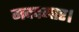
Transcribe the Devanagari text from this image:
मददगार।